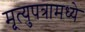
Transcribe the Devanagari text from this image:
मृ्त्युपत्रामध्ये